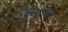
અખતરા